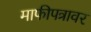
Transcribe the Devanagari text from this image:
माफीपत्रावर